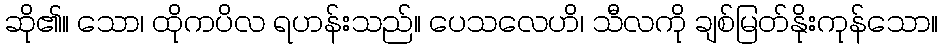
ဆို၏။ သော၊ ထိုကပိလ ရဟန်းသည်။ ပေသလေဟိ၊ သီလကို ချစ်မြတ်နိုးကုန်သော။